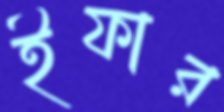
ইফার